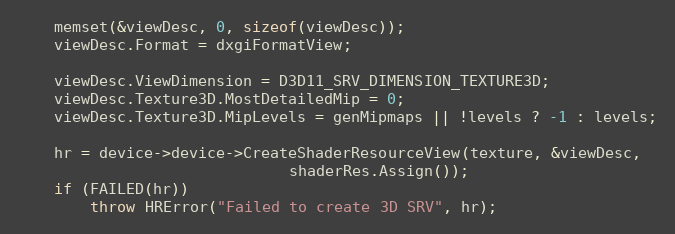
Language: C++
	memset(&viewDesc, 0, sizeof(viewDesc));
	viewDesc.Format = dxgiFormatView;

	viewDesc.ViewDimension = D3D11_SRV_DIMENSION_TEXTURE3D;
	viewDesc.Texture3D.MostDetailedMip = 0;
	viewDesc.Texture3D.MipLevels = genMipmaps || !levels ? -1 : levels;

	hr = device->device->CreateShaderResourceView(texture, &viewDesc,
						      shaderRes.Assign());
	if (FAILED(hr))
		throw HRError("Failed to create 3D SRV", hr);